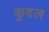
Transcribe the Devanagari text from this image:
कुदल